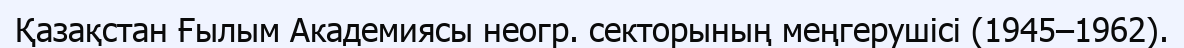
Қазақстан Ғылым Академиясы неогр. секторының меңгерушісі (1945–1962).